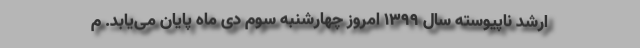
ارشد ناپیوسته سال ۱۳۹۹ امروز چهارشنبه سوم دی ماه پایان می‌یابد. م